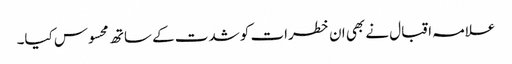
علامہ اقبال نے بھی ان خطرات کو شدت کے ساتھ محسوس کیا۔